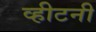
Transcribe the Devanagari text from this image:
व्हीटनी